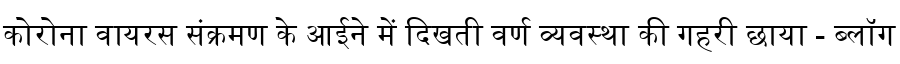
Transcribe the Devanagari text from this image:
कोरोना वायरस संक्रमण के आईने में दिखती वर्ण व्यवस्था की गहरी छाया - ब्लॉग